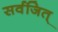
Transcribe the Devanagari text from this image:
सर्वजित्